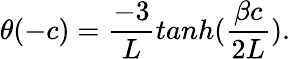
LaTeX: \theta(-c)={\frac{-3}{L}}tanh({\frac{\beta c}{2L}}).